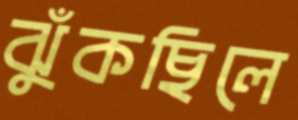
ঝুঁকছিলে